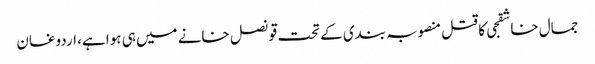
جمال خاشقجی کا قتل منصوبہ بندی کے تحت قونصل خانے میں ہی ہوا ہے، اردوغان